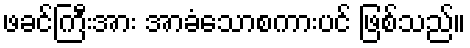
ဖခင်ကြီးအား အာခံသောစကားပင် ဖြစ်သည်။